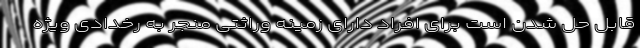
قابل حل شدن است برای افراد دارای زمینه وراثتی منجر به رخدادی ویژه